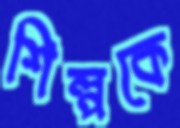
শিল্পকে